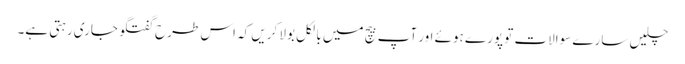
چلیں سارے سوالات تو پورے ہوئے اور آپ بیچ میں بالکل بولا کریں کہ اس طرح گفتگو جاری رہتی ہے۔